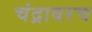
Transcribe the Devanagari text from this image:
चंद्रावरच